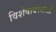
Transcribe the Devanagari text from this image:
विशेषावस्थाओं